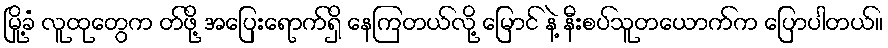
မြို့ခံ လူထုတွေက တ်ဖို့ အပြေးရောက်ရှိ နေကြတယ်လို့ မြောင် နဲ့ နီးစပ်သူတယောက်က ပြောပါတယ်။